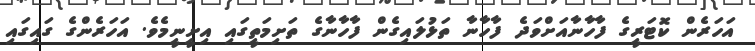
އަހަރެން ކޮޓަރީގެ ފާހާނާއަށްވަދެ ފާހާނާ ތަޅުލައިގެން ފާހާނާގެ ތަށިމަތީގައި އިށީނީމެވެ. އަހަރެންގެ ގަައިގައި